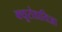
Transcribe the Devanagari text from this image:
क्यूरोडायिआ